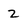
Character: 2